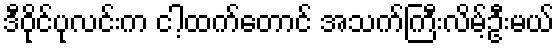
ဒီဝိုင်ပုလင်းက ငါ့ထက်တောင် အသက်ကြီးလိမ့်ဦးမယ်